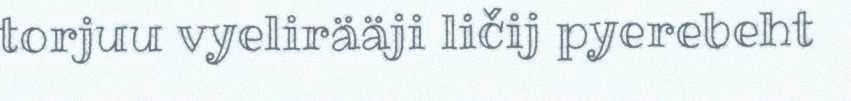
torjuu vyelirääji ličij pyerebeht